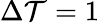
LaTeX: \Delta\mathcal{T}=1